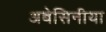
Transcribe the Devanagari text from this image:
अबेसिनीया